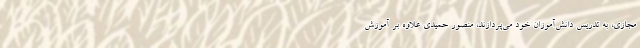
مجازی، به تدریس دانش‌آموزان خود می‌پردازند، منصور حمیدی علاوه بر آموزش